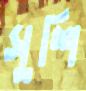
সুশি